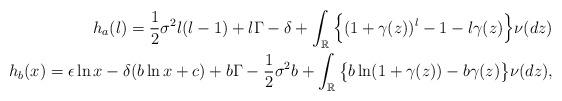
LaTeX: \begin{align*}h_a(l)=\frac{1}{2}\sigma^2l(l-1)+l\Gamma-\delta+\int_\mathbb{R}\Big\{(1+\gamma(z))^l-1-l\gamma(z)\Big\}\nu(dz)\\h_b(x)=\epsilon \ln{x}-\delta(b\ln{x}+c)+b\Gamma-\frac{1}{2}\sigma^2b+\int_\mathbb{R}\big\{b\ln(1+\gamma(z))-b\gamma(z)\big\}\nu(dz), \end{align*}